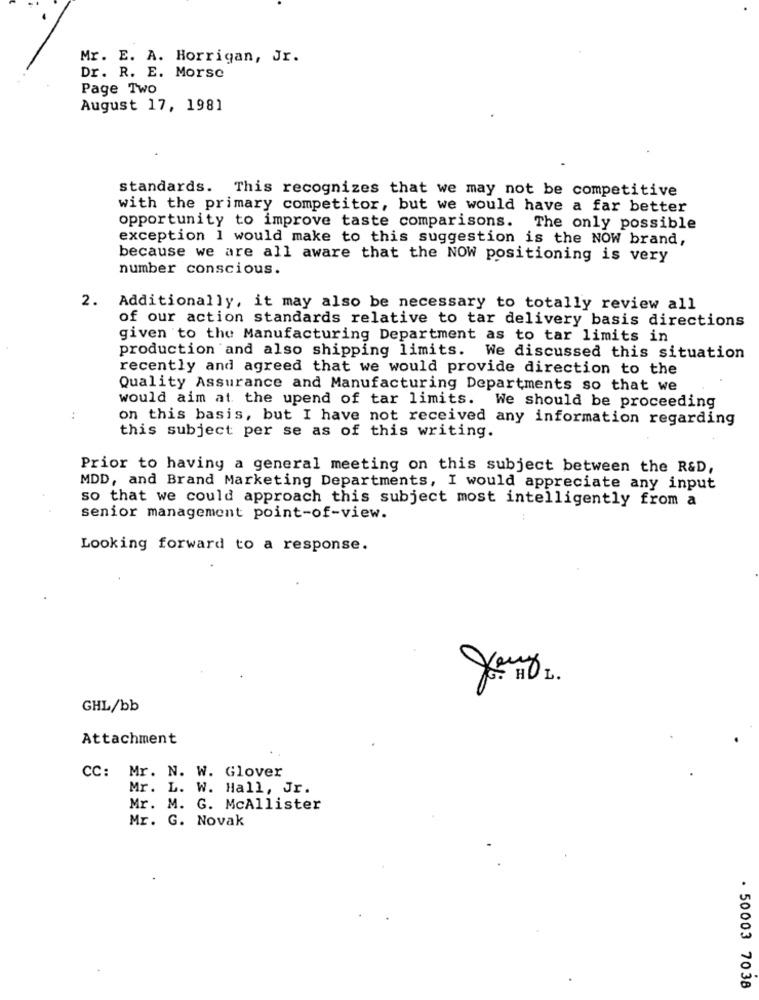
Mr. E. A. Horrigan, Jr.
Dr. R. E. Morse
Page Two
August 17, 1981
standards. This recognizes that we may not be competitive
with the primary competitor, but we would have a far better
opportunity to improve taste comparisons. The only possible
exception 1 would make to this suggestion is the NOW brand,
because we are all aware that the NOW positioning is very
number conscious.
2. Additionally, it may also be necessary to totally review all
of our action standards relative to tar delivery basis directions
given to the Manufacturing Department as to tar limits in
production and also shipping limits. We discussed this situation
recently and agreed that we would provide direction to the
Quality Assurance and Manufacturing Departments so that we
would aim at the upend of tar limits. We should be proceeding
..
on this basis, but I have not received any information regarding
this subject per se as of this writing.
Prior to having a general meeting on this subject between the R&D,
MDD, and Brand Marketing Departments, I would appreciate any input
so that we could approach this subject most intelligently from a
senior management point-of-view.
Looking forward to a response.
GHL/bb
Attachment
CC: Mr. N. W. Glover
Mr. L. W. Hall, Jr.
Mr. M. G. McAllister
Mr. G. Novak
. 50003 7038